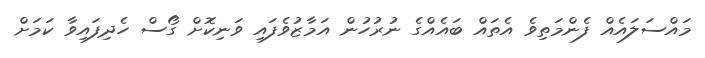
މައްސަލައެއް ފެންމަތިވެ އެތައް ބައެއްގެ ނުރުހުން އަމާޒުވެފައި ވަނިކޮށް ގޯސް ހެދިފައިވާ ކަމަށް